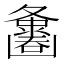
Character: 𪤵